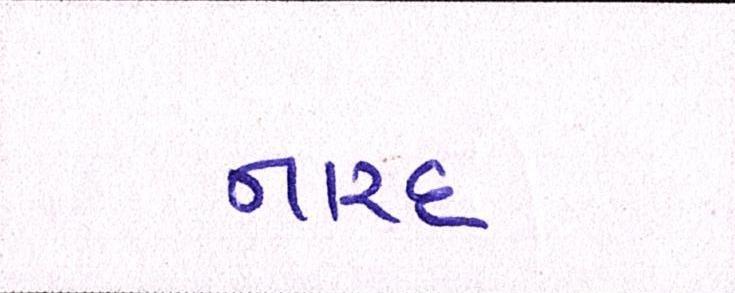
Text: નારદ